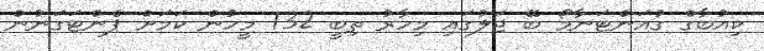
ކިއުބާގެ ގުއަންޓަނާމޯ ބޭ ޖަލުގައި މިހާރު ތިބީ 132 މީހުން ކަމަށް ޕެންޓަގަނުން